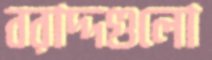
বরাদ্দগুলো